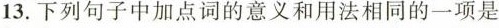
13.下列句子中加点词的意义和用法相同的一项是